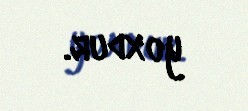
yoxdur.